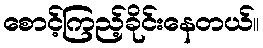
စောင့်ကြည့်ခိုင်းနေတယ်။